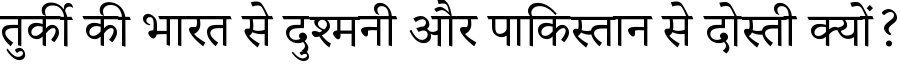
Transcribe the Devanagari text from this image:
तुर्की की भारत से दुश्मनी और पाकिस्तान से दोस्ती क्यों?